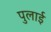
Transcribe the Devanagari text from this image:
पुलाई